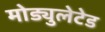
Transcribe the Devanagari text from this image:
मोड्युलेटेड